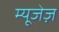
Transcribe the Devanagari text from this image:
म्यूजेज़